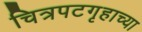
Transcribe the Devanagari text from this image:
चित्रपटगृहाच्या